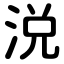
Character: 涚